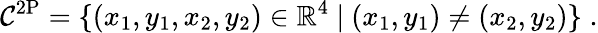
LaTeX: \mathcal{C}^{\mathrm{2P}}=\{ (x_{1},y_{1},x_{2},y_{2})\in\mathbb{R}^{4}\ |\ (x_{1},y_{1})\neq(x_{2},y_{2})\} \; .